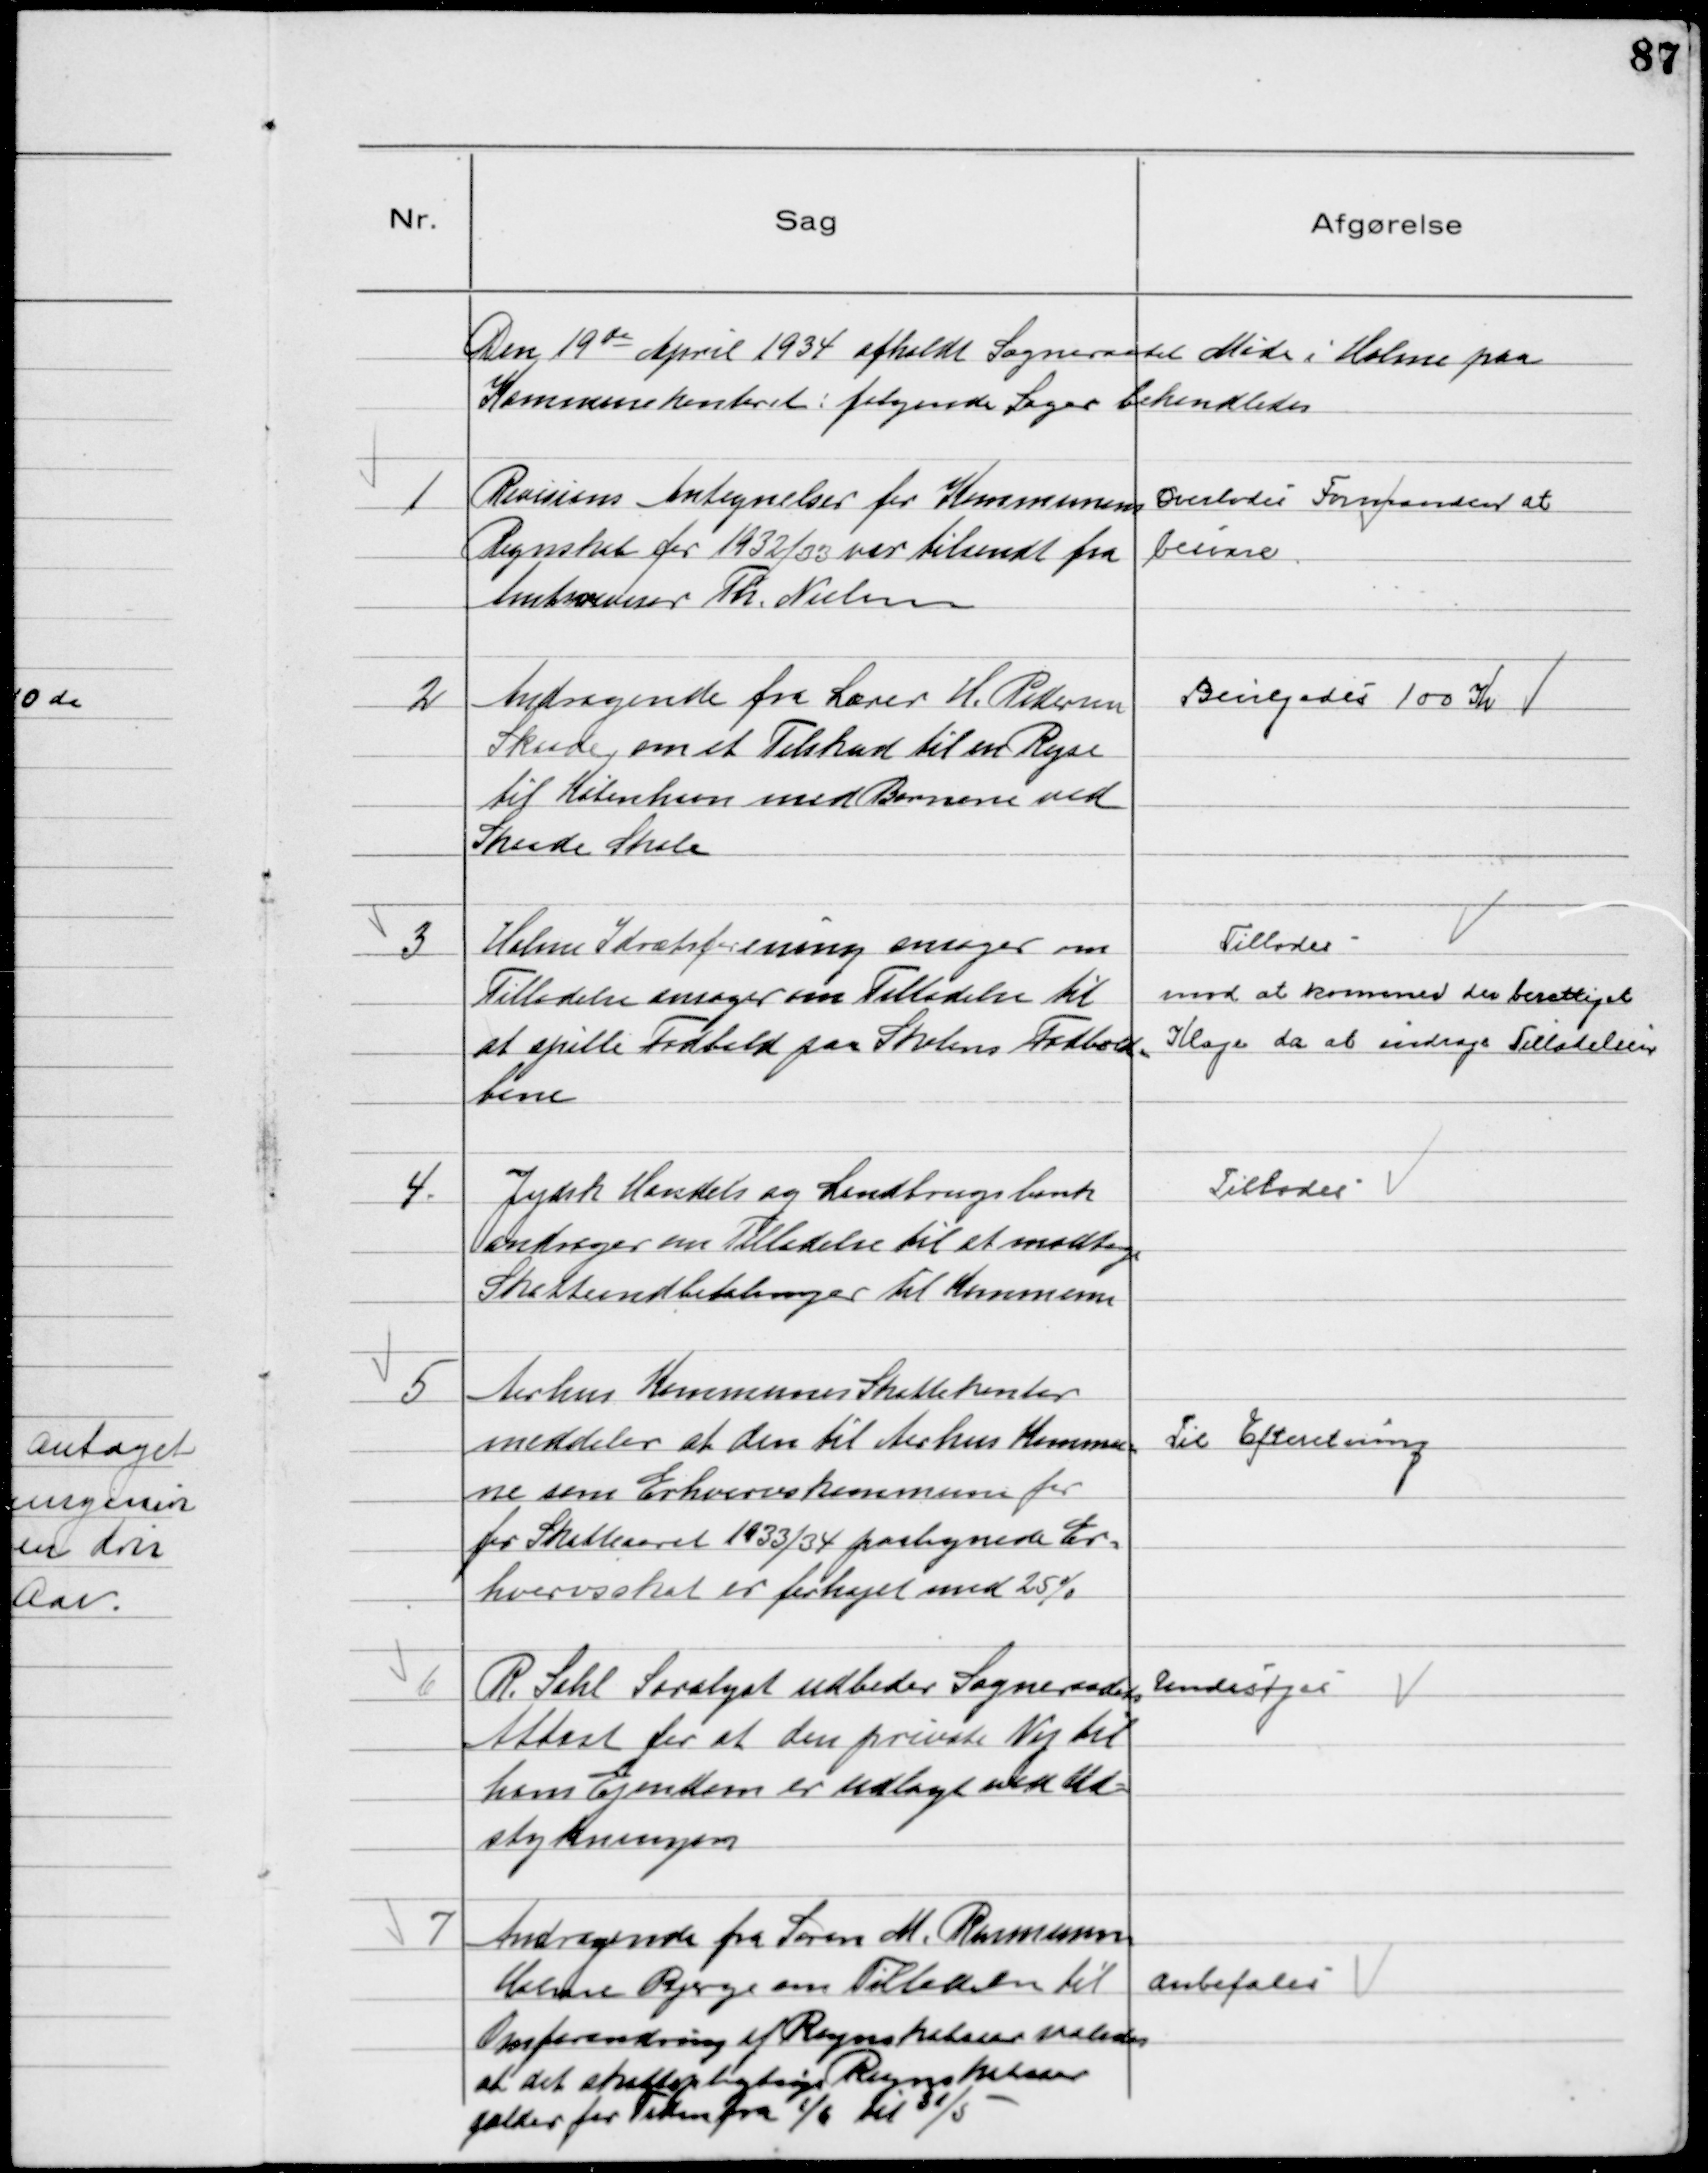
Transskription:
Den 19 de April 1934 afholdt Sogneraadet Møde i Holme paa
Kommunekontoret: følgende Sager behandledes

1
Revisions Antegnelser for Kommunens
Regnskab for 1932/33 var tilsendt fra
Amtsrevisor Th. Nielsen

Overlodes Formanden at
besvare

2
Andragende fra Lærer H. Pedersen
Skaade, om et Tilskud til en Rejse
til København med Børnene ved
Skaade Skole

Bevilgedes 100 Kr

3
Holme Idrætsforening ansøger om
Tilladelse ansøger om Tilladelse til
at spille Fodbold paa Skolens Fodbold-
bane

Tillodes
mod at kommer der berettiget
Klage da at indrage Tilladelsen

4.
Jydsk Handels og Landbrugsbank
andrager om Tilladelse til at modtage
Skatteindbetalinger til Kommunen

Tillodes

5
Aarhus Kommunes Skattekontor
meddeler at den til Aarhus Kommu-
ne som Erhvervskommune for
for Skatteaaret 1933/34 paalignede Er-
hvervsskat er forhøjet med 25 %

Til Efteretning

6
R. Sahl Saralyst udbeder Sogneraadets
Attest for at den private Vej til
hans Ejendom er nedlagt ved Ud-
stykningen

Undersøges

7
Andragende fra Søren M. Rasmussen
Holme Bjerge om Tilladelse til
Omforandring af Regnskabsaar saaledes
at det skattepligtige Regnskabsaar
gælder for Tiden fra 1/6 til 31/5

Anbefales